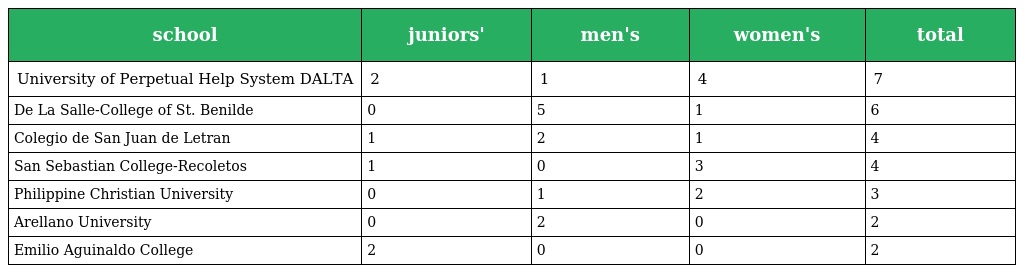
| school | juniors' | men's | women's | total |
 | --- | --- | --- | --- | --- |
 | University of Perpetual Help System DALTA | 2 | 1 | 4 | 7 |
 | De La Salle-College of St. Benilde | 0 | 5 | 1 | 6 |
 | Colegio de San Juan de Letran | 1 | 2 | 1 | 4 |
 | San Sebastian College-Recoletos | 1 | 0 | 3 | 4 |
 | Philippine Christian University | 0 | 1 | 2 | 3 |
 | Arellano University | 0 | 2 | 0 | 2 |
 | Emilio Aguinaldo College | 2 | 0 | 0 | 2 |